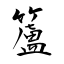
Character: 籚